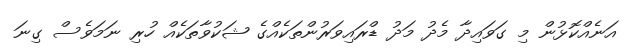
އަނެއްކޮޅުން މި ގަވައިދާ މެދު މަދު ޑްރައިވަރުންތަކެއްގެ ޝަކުވާތަކެއް ހުރި ނަމަވެސް ގިނަ